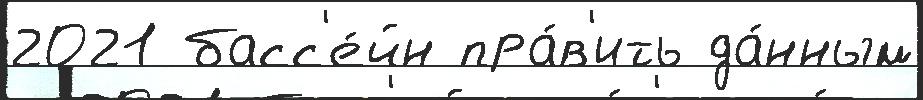
2021 басс'е́йн пра́в'ить да́нным